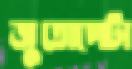
জুতোপেটা